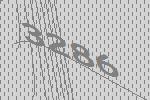
3286